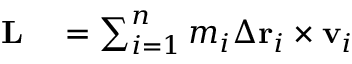
\begin{array} { r l } { \mathbf { L } } & { { } = \sum _ { i = 1 } ^ { n } m _ { i } \Delta \mathbf { r } _ { i } \times \mathbf { v } _ { i } } \end{array}